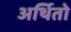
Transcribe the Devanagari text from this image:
अर्थितो